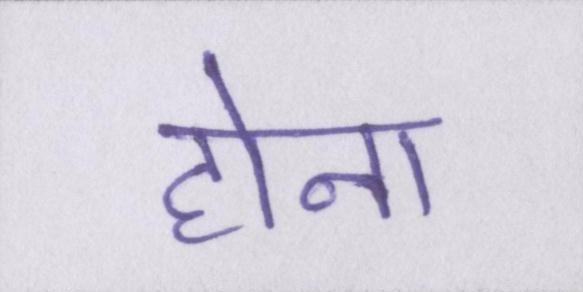
होना